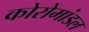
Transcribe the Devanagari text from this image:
कोरोमांडल